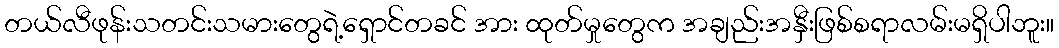
တယ်လီဖုန်းသတင်းသမားတွေရဲ့ရှောင်တခင် အား ထုတ်မှုတွေက အချည်းအနှီးဖြစ်စရာလမ်းမရှိပါဘူး။